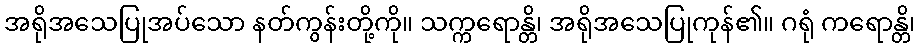
အရိုအသေပြုအပ်သော နတ်ကွန်းတို့ကို။ သက္ကရောန္တိ၊ အရိုအသေပြုကုန်၏။ ဂရုံ ကရောန္တိ၊